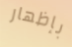
بإظهار